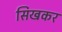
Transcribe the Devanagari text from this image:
सिखकर